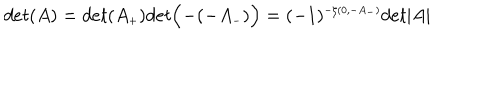
d e t ( A ) = d e t ( A _ { \scriptscriptstyle + } ) d e t \Bigl ( - ( - A _ { \scriptscriptstyle - } ) \Bigr ) = ( - 1 ) ^ { \scriptscriptstyle - \zeta ( 0 , - A _ { \scriptscriptstyle - } ) } d e t \vert A \vert